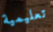
تعليمية